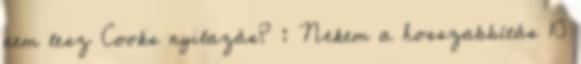
nem lesz Cooks nyilazás? : Nekem a hosszabbítás 10